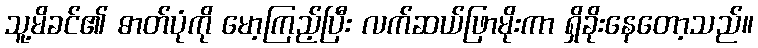
သူ့မိခင်၏ ဓာတ်ပုံကို မော့ကြည့်ပြီး လက်ဆယ်ဖြာမိုးကာ ရှိခိုးနေတော့သည်။